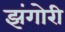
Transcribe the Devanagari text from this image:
झंगोरी